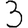
Digit: 3